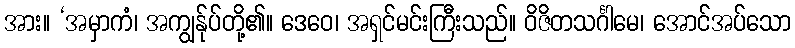
အား။ ‘အမှာကံ၊ အကျွန်ုပ်တို့၏။ ဒေဝေ၊ အရှင်မင်းကြီးသည်။ ဝိဇိတသင်္ဂါမေ၊ အောင်အပ်သော